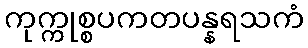
ကုက္ကုစ္စပကတပန္နရသကံ